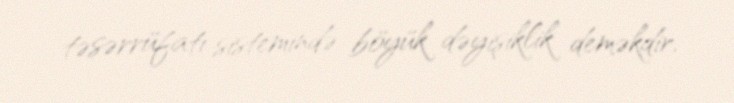
təsərrüfatı sistemində böyük dəyişiklik deməkdir.